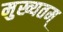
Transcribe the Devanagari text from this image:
मुख्यतम्